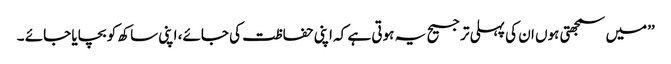
’’میں سمجھتی ہوں ان کی پہلی ترجیح یہ ہوتی ہے کہ اپنی حفاظت کی جائے، اپنی ساکھ کو بچایا جائے ۔